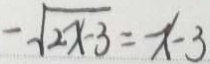
- \sqrt { 2 x - 3 } = - x - 3